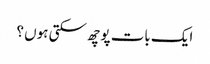
ایک بات پوچھ سکتی ہوں ؟